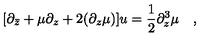
[ \partial _ { \bar { z } } + { \mu } \partial _ { z } + 2 ( \partial _ { z } { \mu } ) ] u = { \frac { 1 } { 2 } } \partial _ { z } ^ { 3 } { \mu } \quad ,